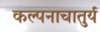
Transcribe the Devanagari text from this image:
कल्पनाचातुर्य